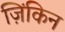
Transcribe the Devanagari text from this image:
ज़िंकिन